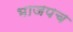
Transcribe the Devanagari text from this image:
भाजपच